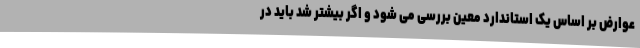
عوارض بر اساس یک استاندارد معین بررسی می شود و اگر بیشتر شد باید در